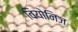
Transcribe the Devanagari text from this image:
वियोनिज